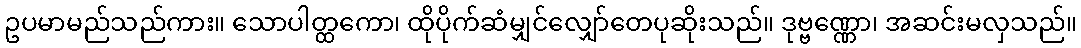
ဥပမာမည်သည်ကား။ သောပါတ္ထကော၊ ထိုပိုက်ဆံမျှင်လျှော်တေပုဆိုးသည်။ ဒုဗ္ဗဏ္ဏော၊ အဆင်းမလှသည်။